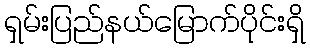
ရှမ်းပြည်နယ်မြောက်ပိုင်းရှိ